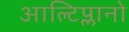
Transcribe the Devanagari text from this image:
आल्टिप्लानो